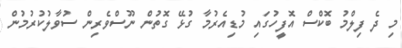
މި ދެ ފިލްމު ބޮކްސް އޮފީހުގައި މުޑިއެރުމާ ގުޅޭ ގޮތުން ނޫސްވެރިން ސުވާލުކުރުމުން